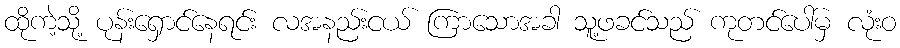
ထိုကဲ့သို့ ပုန်းရှောင်နေရင်း လအနည်းငယ် ကြာသောအခါ သူ့ဖခင်သည် ကုတင်ပေါ်မှ လုံးဝ